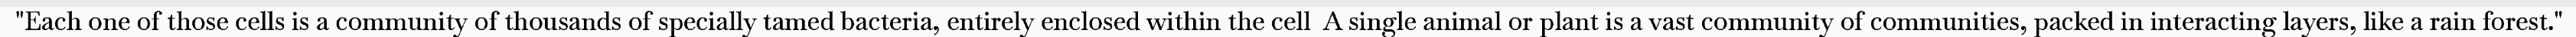
"Each one of those cells is a community of thousands of specially tamed bacteria, entirely enclosed within the cell  A single animal or plant is a vast community of communities, packed in interacting layers, like a rain forest."